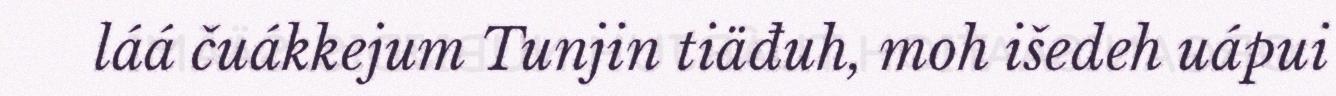
láá čuákkejum Tunjin tiäđuh, moh išedeh uápui